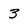
Character: 3